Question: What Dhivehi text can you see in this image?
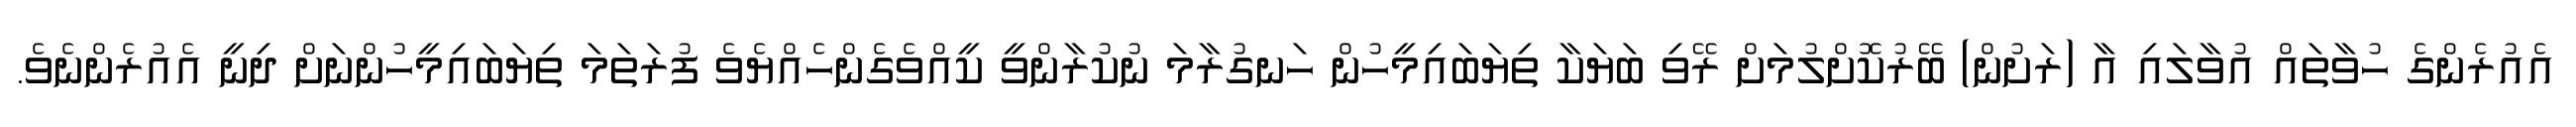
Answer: އެއުރެންގެ ހުވާތައް އުވާލައި އާ (ރަށުން) ބޭރުކޮށްލުމަށް ރޭވި ބަޔަކާ ތިޔަބައިމީހުން ހަނގުރާމަ ނުކުރާންވީ ކީއްވެގެންހެއްޔެވެ ފުރަތަމަ ތިޔަބައިމީހުންނަށް ދިނީ އެއުރެންނެވެ.